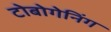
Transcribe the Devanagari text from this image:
टोबोगेनिंग